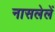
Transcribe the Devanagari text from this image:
नासलेलें